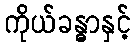
ကိုယ်ခန္ဓာနှင့်